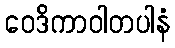
ဝေဒိကာဝါတပါနံ